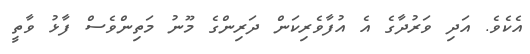
އެކެވެ. އަދި ވަރުދާގެ އެ އުފާވެރިކަން ދަރިންގެ މޫނު މަތިންވެސް ފާޅު ވާތީ